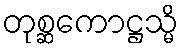
တုစ္ဆကောဋ္ဌသ္မိ